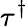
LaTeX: \tau^{\dagger}